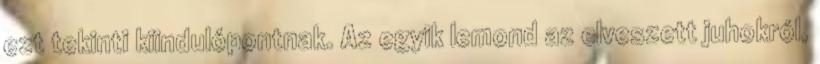
ezt tekinti kiindulópontnak. Az egyik lemond az elveszett juhokról,